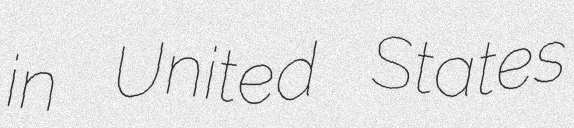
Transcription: in United States